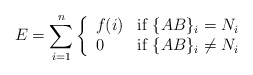
\begin{align*}E = \sum_{i=1}^{n}\left\{ \begin{array}{ll}f(i) & \mbox{if $\{AB\}_i = N_i$} \\0 & \mbox{if $\{AB\}_i \ne N_i$} \end{array}\right. \end{align*}